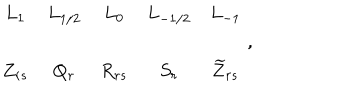
\begin{array} { c c c c c } { { L _ { 1 } } } & { { L _ { 1 / 2 } } } & { { L _ { 0 } } } & { { L _ { - 1 / 2 } } } & { { L _ { - 1 } } } \\ { { Z _ { r s } } } & { { Q _ { r } } } & { { R _ { r s } } } & { { S _ { r } } } & { { \widetilde { Z } _ { r s } } } \\ \end{array} \, ,